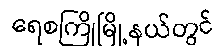
ရေစကြိုမြို့နယ်တွင်